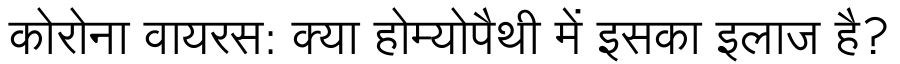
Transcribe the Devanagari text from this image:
कोरोना वायरस: क्या होम्योपैथी में इसका इलाज है?